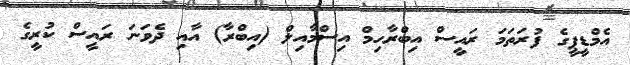
އެމްޑީޕީގެ ފުރަތަމަ ރައީސް އިބްރާހިމް އިސްމާއިލް (އިބްރާ) އާއި ދެވަނަ ރައީސް ކުރީގެ